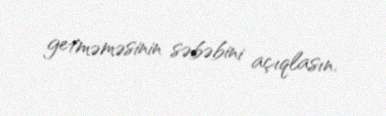
getməməsinin səbəbini açıqlasın.